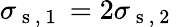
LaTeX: \sigma_{\mathrm{~s~,~1~}}=2\sigma_{\mathrm{~s~,~2~}}